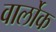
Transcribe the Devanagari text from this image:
वार्लोक